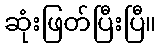
ဆုံးဖြတ်ပြီးပြီ။